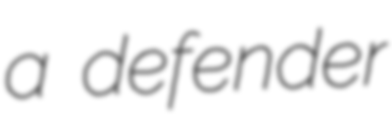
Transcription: a defender